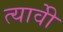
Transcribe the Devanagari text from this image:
त्यावेी